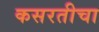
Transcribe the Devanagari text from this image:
कसरतीचा